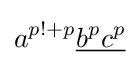
a^{p!+p}{\underline {b^{p}c^{p}}}